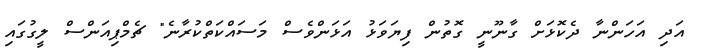
އަދި އަހަންނާ ދެކޮޅަށް ގާނޫނީ ގޮތުން ފިޔަވަޅު އަޅަންވެސް މަސައްކަތްކުރާނެ" ޗެމްޕިއަންސް ލީގުގައި